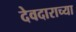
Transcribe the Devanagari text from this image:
देवदाराच्या